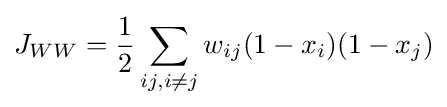
J_{WW}={\frac {1}{2}}\sum _{ij,i\neq j}w_{ij}(1-x_{i})(1-x_{j})